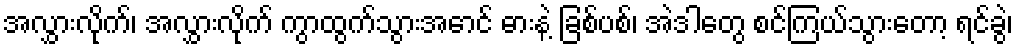
အလွှားလိုက်၊ အလွှားလိုက် ကွာထွက်သွားအောင် ဓားနဲ့ ခြစ်ပစ်၊ အဲဒါတွေ စင်ကြယ်သွားတော့ ရင်ခွဲ၊